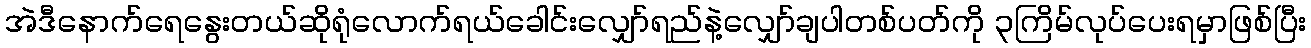
အဲဒီနောက်ရေနွေးတယ်ဆိုရုံလောက်ရယ်ခေါင်းလျှော်ရည်နဲ့လျှော်ချပါတစ်ပတ်ကို ၃ကြိမ်လုပ်ပေးရမှာဖြစ်ပြီး